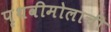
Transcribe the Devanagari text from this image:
पृथवीमोलाची